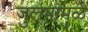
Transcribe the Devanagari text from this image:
जुलमामुळें